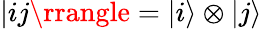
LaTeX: |ij\rrangle=|i\rangle\otimes|j\rangle